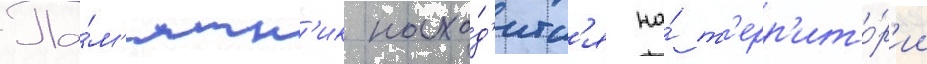
Па́м'ятн'ик нахо́д'итс'я на́ т'ерр'ито́р'ии